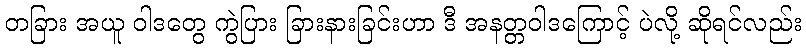
တခြား အယူ ဝါဒတွေ ကွဲပြား ခြားနားခြင်းဟာ ဒီ အနတ္တဝါဒကြောင့် ပဲလို့ ဆိုရင်လည်း